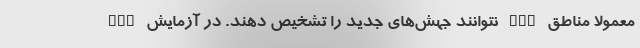
PCR نتوانند جهش‌های جدید را تشخیص دهند. در آزمایش PCR معمولا مناطق